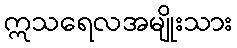
ဣသရေလအမျိုးသား